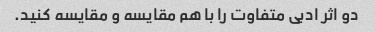
دو اثر ادبی متفاوت را با هم مقایسه و مقایسه کنید.